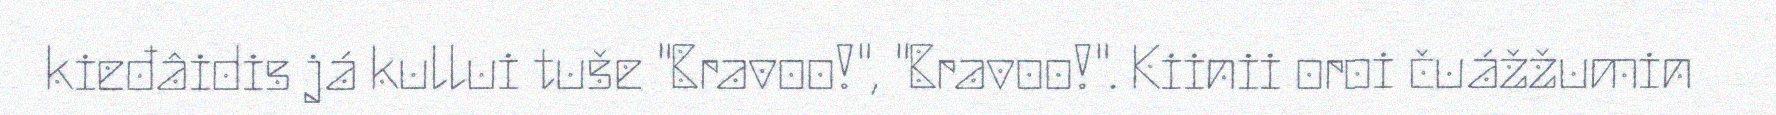
kieđâidis já kullui tuše "Bravoo!", "Bravoo!". Kiinii oroi čuážžumin